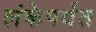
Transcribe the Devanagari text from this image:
लंकेपर्यंत